Civil Veterinary Department ledger series I-VI
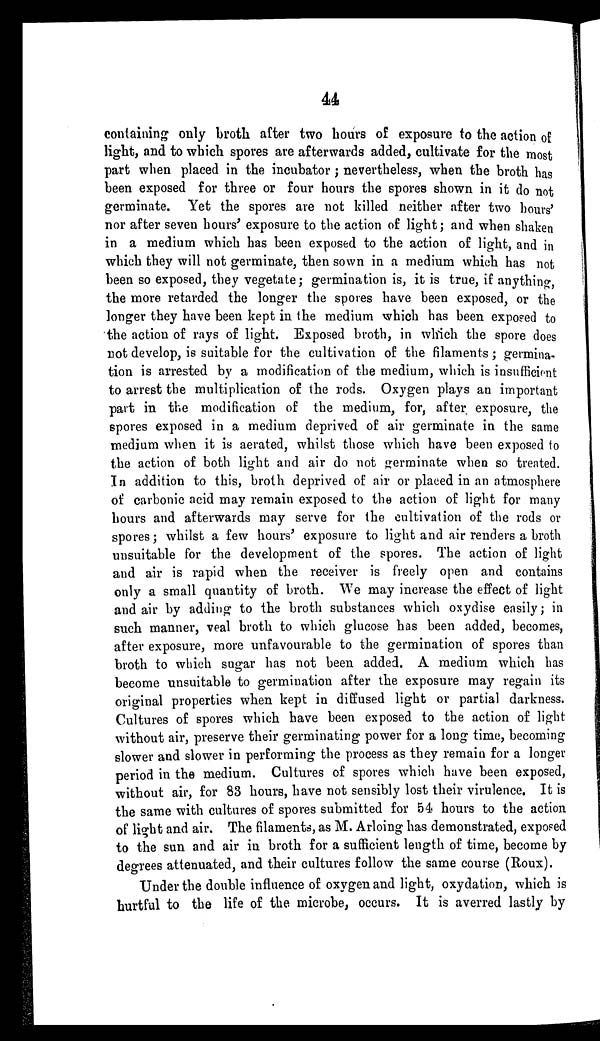
44
containing only broth after two hours of exposure to the action of
light, and to which spores are afterwards added, cultivate for the most
part when placed in the incubator; nevertheless, when the broth has
been exposed for three or four hours the spores shown in it do not
germinate. Yet the spores are not killed neither after two hours'
nor after seven hours' exposure to the action of light; and when shaken
in a medium which has been exposed to the action of light, and in
which they will not germinate, then sown in a medium which has not
been so exposed, they vegetate; germination is, it is true, if anything
the more retarded the longer the spores have been exposed, or the
longer they have been kept in the medium which has been exposed to
the action of rays of light. Exposed broth, in which the spore does
not develop, is suitable for the cultivation of the filaments; germina-
tion is arrested by a modification of the medium, which is insufficient
to arrest the multiplication of the rods. Oxygen plays an important
part in the modification of the medium, for, after exposure, the
spores exposed in a medium deprived of air germinate in the same
medium when it is aerated, whilst those which have been exposed to
the action of both light and air do not germinate when so treated.
In addition to this, broth deprived of air or placed in an atmosphere
of carbonic acid may remain exposed to the action of light for many
hours and afterwards may serve for the cultivation of the rods or
spores; whilst a few hours' exposure to light and air renders a broth
unsuitable for the development of the spores. The action of light
and air is rapid when the receiver is freely open and contains
only a small quantity of broth. We may increase the effect of light
and air by adding to the broth substances which oxydise easily; in
such manner, veal broth to which glucose has been added, becomes,
after exposure, more unfavourable to the germination of spores than
broth to which sugar has not been added. A medium which has
become unsuitable to germination after the exposure may regain its
original properties when kept in diffused light or partial darkness.
Cultures of spores which have been exposed to the action of light
without air, preserve their germinating power for a long time, becoming
slower and slower in performing the process as they remain for a longer
period in the medium. Cultures of spores which have been exposed,
without air, for 83 hours, have not sensibly lost their virulence. It is
the same with cultures of spores submitted for 54 hours to the action
of light and air. The filaments, as M. Arloing has demonstrated, exposed
to the sun and air in broth for a sufficient length of time, become by
degrees attenuated, and their cultures follow the same course (Roux).
Under the double influence of oxygen and light, oxydation, which is
hurtful to the life of the microbe, occurs. It is averred lastly by